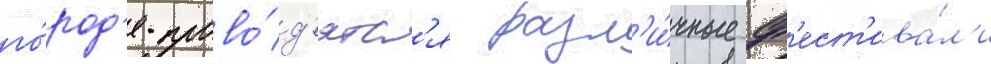
го́род'е прово́д'ятс'я разл'и́чные ф'ест'ива́л'и